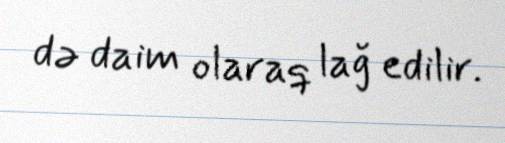
də daim olaraq lağ edilir.